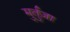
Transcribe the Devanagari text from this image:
मुर्तुज़ा